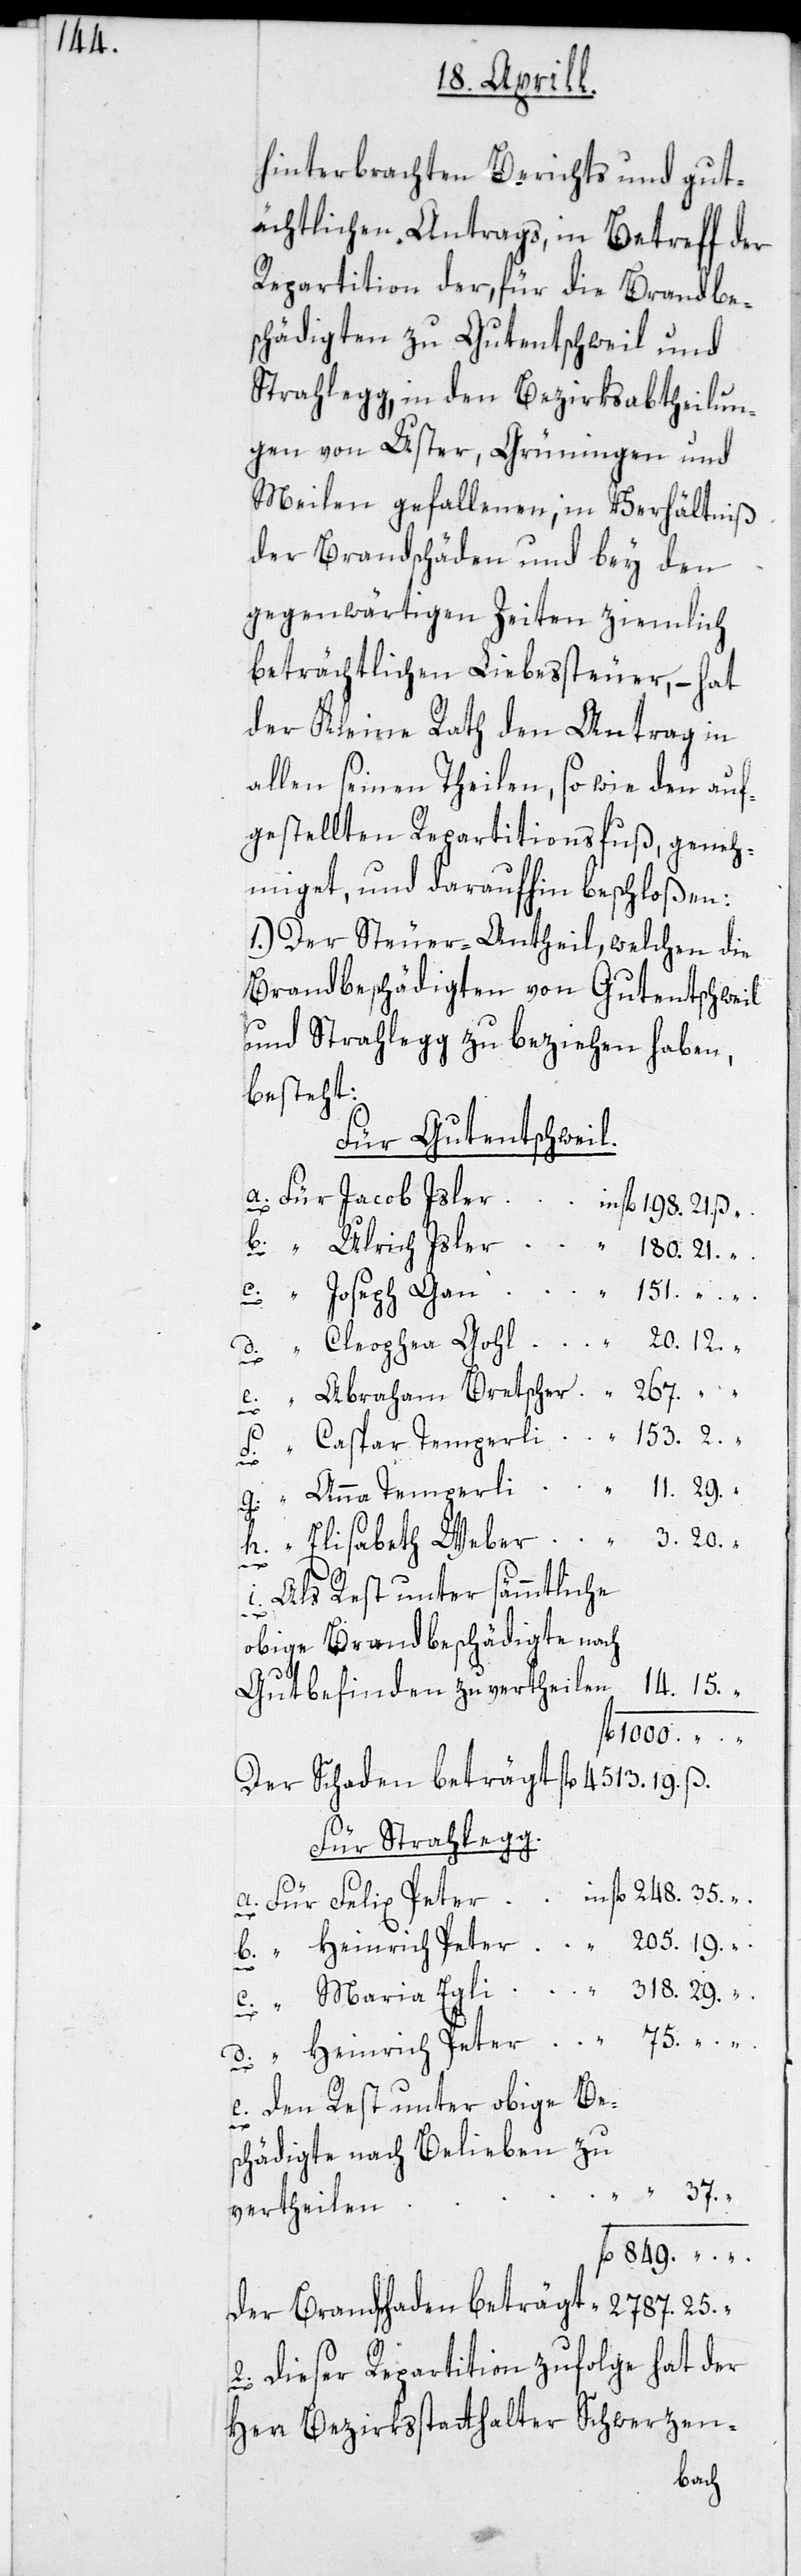
14.

hinterbrachten Berichts und gut¬
ächtlichen Antrags, in Betreff der
Repartition der, für die Brandbe¬
schädigten zu Gutentschweil und
Strahlegg, in den Bezirksabtheilun¬
gen von Uster, Grüningen und
Meilen gefallenen, in Verhältniß
der Brandschäden und bey den
gegenwärtigen Zeiten ziemlich
beträchtlichen Liebessteuer, – hat
der Kleine Rath den Antrag in
allen seinen Theilen, so wie den auf¬
gestellten Repartitionsfuß, geneh¬
miget, und daraufhin beschloßen:
1. Der Steuer-Antheil, welchen die
Brandbeschädigten von Gutentschweil
und Strahlegg zu beziehen haben,
besteht:
Für Gutentschweil:
25.
35.
Abraham Bretscher
37.
Als Rest unter sämmtliche
obige Brandbeschädigte nach
1000.
Für Strahlegg.
den Rest unter obige Bes¬
chädigte nach Belieben zu
vertheilen
2. Dieser Repartition zufolge hat der
Herr Bezirksstatthalter Schwerzen-